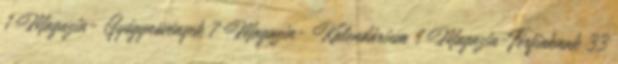
1 Magazin- Gyógynövények 7 Magazin- Kalendárium 1 Magazin-Férfiaknak 33